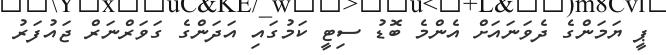
ޕީ ޔަމަންގެ ދެވަނައަށް އެންމެ ބޮޑު ސިޓީ ކަމުގައި އަދަންގެ ގަވަރްނަރް ޖައުފަރު